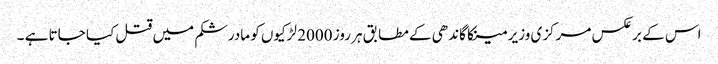
اس کے برعکس مرکزی وزیر مینکا گاندھی کے مطابق ہر روز 2000 لڑکیوں کو مادرشکم میں قتل کیا جاتا ہے ۔